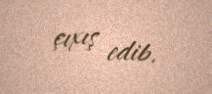
çıxış edib.